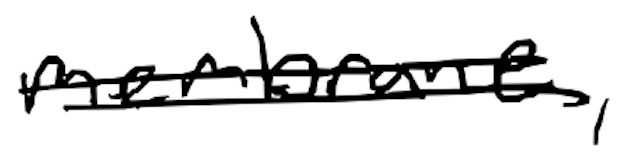
Text: membrane,
Cross-out: double-line
Writing tool: digital_black